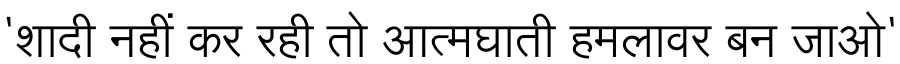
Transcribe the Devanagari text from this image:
'शादी नहीं कर रही तो आत्मघाती हमलावर बन जाओ'